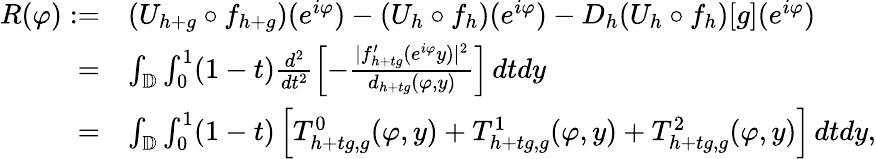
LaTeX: \begin{array}{rl}{R(\varphi):=}&{(U_{h+g}\circ f_{h+g})(e^{i\varphi})-(U_{h}\circ f_{h})(e^{i\varphi})-D_{h}(U_{h}\circ f_{h})[g](e^{i\varphi})}\\ {=}&{\int_{\mathbb{D}}\int_{0}^{1}(1-t)\frac{d^{2}}{dt^{2}}\left[-\frac{|f_{h+tg}^{\prime}(e^{i\varphi}y)|^{2}}{d_{h+tg}(\varphi,y)}\right]\, dtdy}\\ {=}&{\int_{\mathbb{D}}\int_{0}^{1}(1-t)\left[T_{h+tg,g}^{0}(\varphi,y)+T_{h+tg,g}^{1}(\varphi,y)+T_{h+tg,g}^{2}(\varphi,y)\right]\, dtdy,}\end{array}